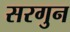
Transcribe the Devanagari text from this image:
सरगुन